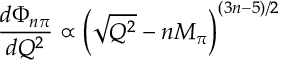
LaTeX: \frac { d \Phi _ { n \pi } } { d Q ^ { 2 } } \propto \Big ( \sqrt { Q ^ { 2 } } - n M _ { \pi } \Big ) ^ { ( 3 n - 5 ) / 2 }